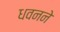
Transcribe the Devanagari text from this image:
धवनने